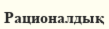
Рационалдық